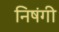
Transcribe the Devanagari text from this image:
निषंगी